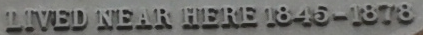
LIVED NEAR HERE 1845-1878